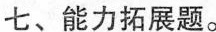
七、能力拓展题。